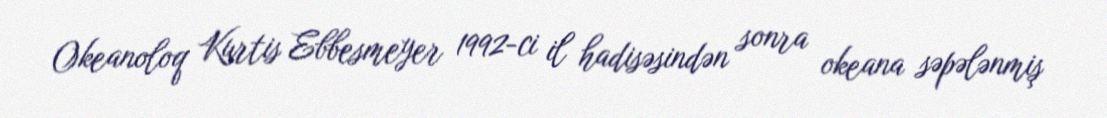
Okeanoloq Kurtis Ebbesmeyer 1992-ci il hadisəsindən sonra okeana səpələnmiş